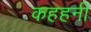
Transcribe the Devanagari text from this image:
कहहनी